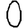
Digit: 0